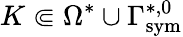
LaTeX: K\Subset\Omega^{*}\cup\Gamma_{\mathrm{{sym}}}^{*,0}